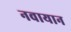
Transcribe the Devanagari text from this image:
नवायान